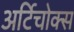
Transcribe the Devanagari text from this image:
अर्टिचोक्स